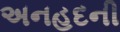
અનહદની